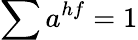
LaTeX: \sum a^{hf}=1